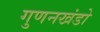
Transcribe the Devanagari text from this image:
गुणनखंडो